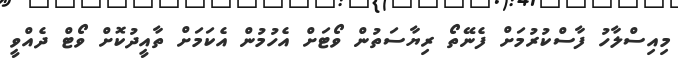
މިއިސްލާހު ފާސްކުރުމަށް ފެނޭތޯ ރިޔާސަތުން ވޯޓަށް އެހުމުން އެކަމަށް ތާއީދުކޮށް ވޯޓް ދެއްވީ